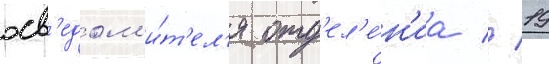
осв'едом'и́т'ел'я отд'ел'е́н'иа // 19